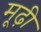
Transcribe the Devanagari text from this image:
मूढ़ी